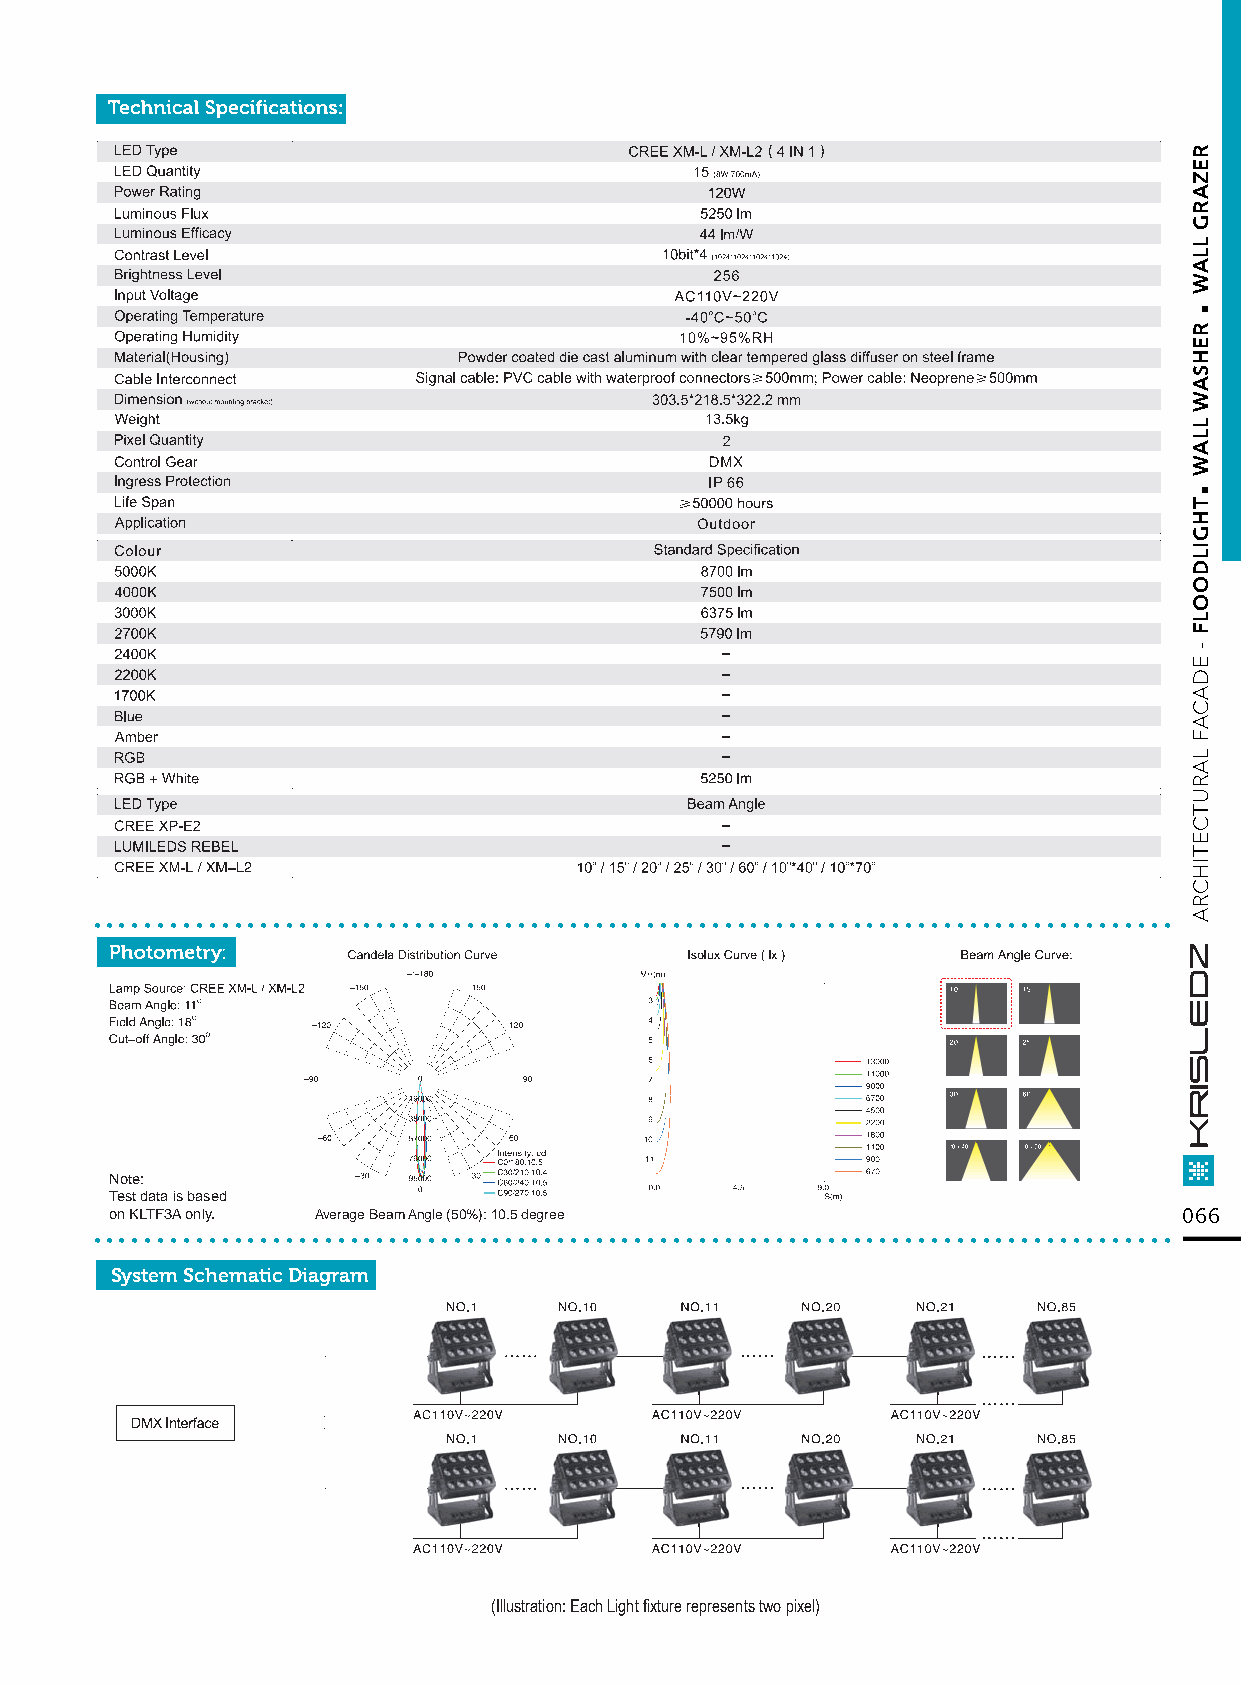
....................................................................................
 Note:
 Test data is based
 ..o.n K.L.TF.3.A .on.ly.. . .......Av.e.ra.ge. B.ea.m. A.ng.le. (5.0.%.): .10..5. de.g.re.e............................................... 066
 System Schematic Diagram
 (Illustration: Each Light fixture represents two pixel)
 .
 .
 REZARG
 LLAW
 REHSAW
 LLAW
 THGILDOOLF
 -
 EDACAF
 LARUTCETIHCRA